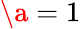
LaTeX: \a=1